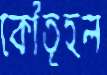
কৌতূহল